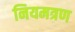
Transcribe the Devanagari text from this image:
नियमत्रण